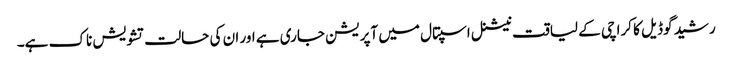
رشید گوڈیل کا کراچی کے لیاقت نیشنل اسپتال میں آپریشن جاری ہے اور ان کی حالت تشویش ناک ہے۔